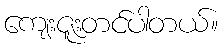
ကျေးဇူးတင်ပါတယ်။